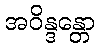
အဝိန္ဒန္တော